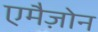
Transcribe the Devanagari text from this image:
एमैज़ोन